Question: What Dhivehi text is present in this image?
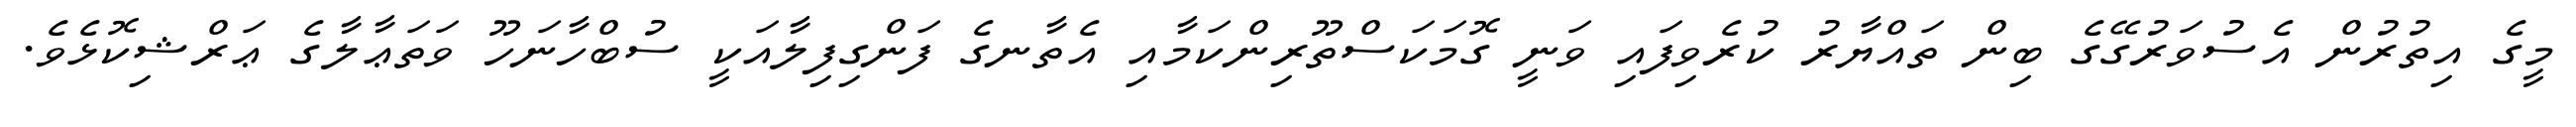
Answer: މީގެ އިތުރުން އެސުވަރުގޭގެ ބިން ތައްޔާރު ކުރެވިފައި ވަނީ ގޮމަކަސްތޫރިންކަމާއި އެތާނގެ ފަންގިފިލާއަކީ ސުބްހާނަހޫ ވަތަޢާލާގެ ޢަރްޝިކޮޅެވެ.